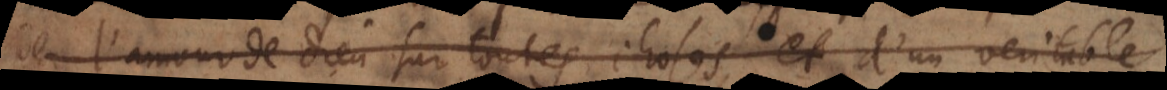
l’amour de Dieu sur toutes choses, et d’un veritable